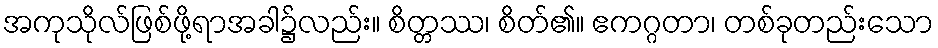
အကုသိုလ်ဖြစ်ဖို့ရာအခါ၌လည်း။ စိတ္တဿ၊ စိတ်၏။ ဧကဂ္ဂတာ၊ တစ်ခုတည်းသော